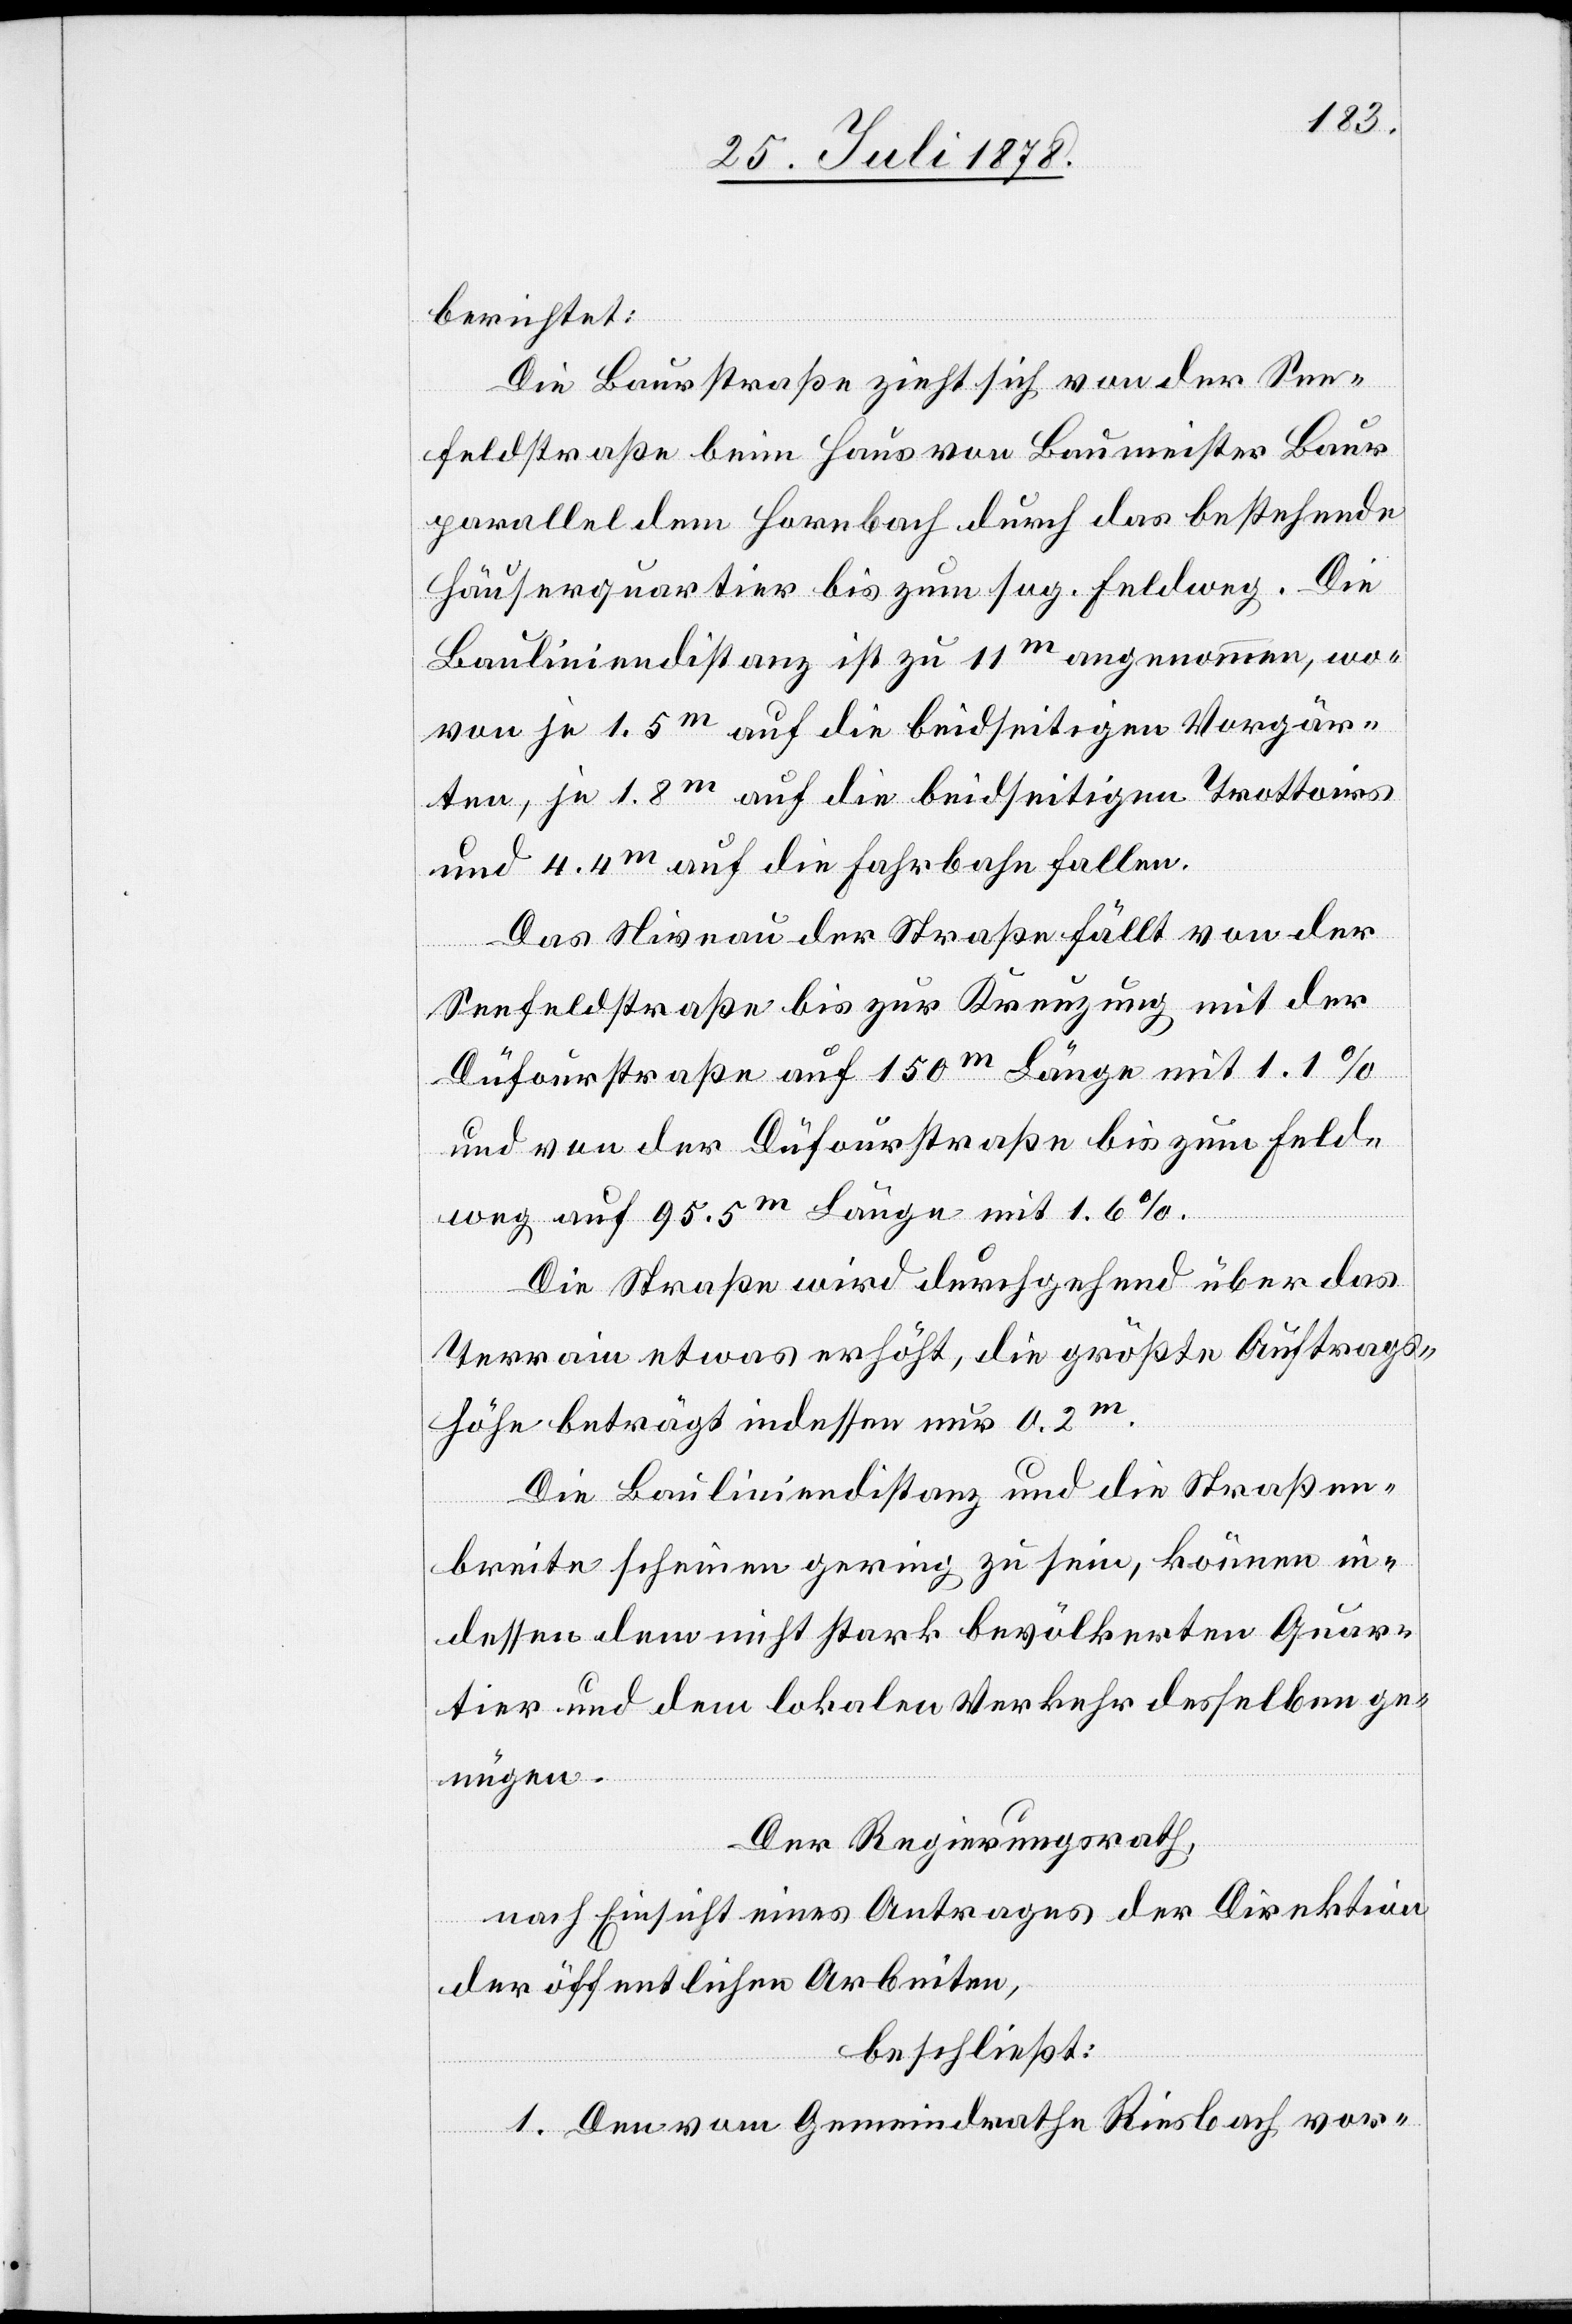
berichtet:
Die Baustraße zieht sich von der See¬
feldstraße beim Haus von Baumeister Baur
parallel dem Hornbach durch das bestehende
Häuserquartier bis zum sog. Feldweg. Die
Bauliniendistanz ist zu 11m angenommen, wo¬
von je 1.5m auf die beidseitigen Vorgär¬
ten, je 1.8m auf die beidseitigen Trottoirs
und 4.4m auf die Fahrbahn fallen.
Das Niveau der Straße fällt von der
Seefeldstraße bis zur Kreuzung mit der
Düfourstraße auf 150m Länge mit 1.1%
und von der Dufourstraße bis zum Feld¬
weg auf 95.5m Länge mit 1.6%.
Die Straße wird durchgehend über das
Terrain etwas erhöht, die größte Auftrags¬
höhe beträgt indessen nur 0.2m.
Die Bauliniendistanz und die Straßen¬
breite scheinen gering zu sein, können in¬
dessen dem nicht stark bevölkerten Quar¬
tier und dem lokalen Verkehr desselben ge¬
nügen.
Der Regierungsrath,
nach Einsicht eines Antrages der Direktion
der öffentlichen Arbeiten,
beschließt:
1. Den vom Gemeindrathe Riesbach vor-